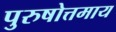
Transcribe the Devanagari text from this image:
पुरुषोत्तमाय